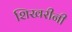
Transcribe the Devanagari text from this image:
शिखरीनी